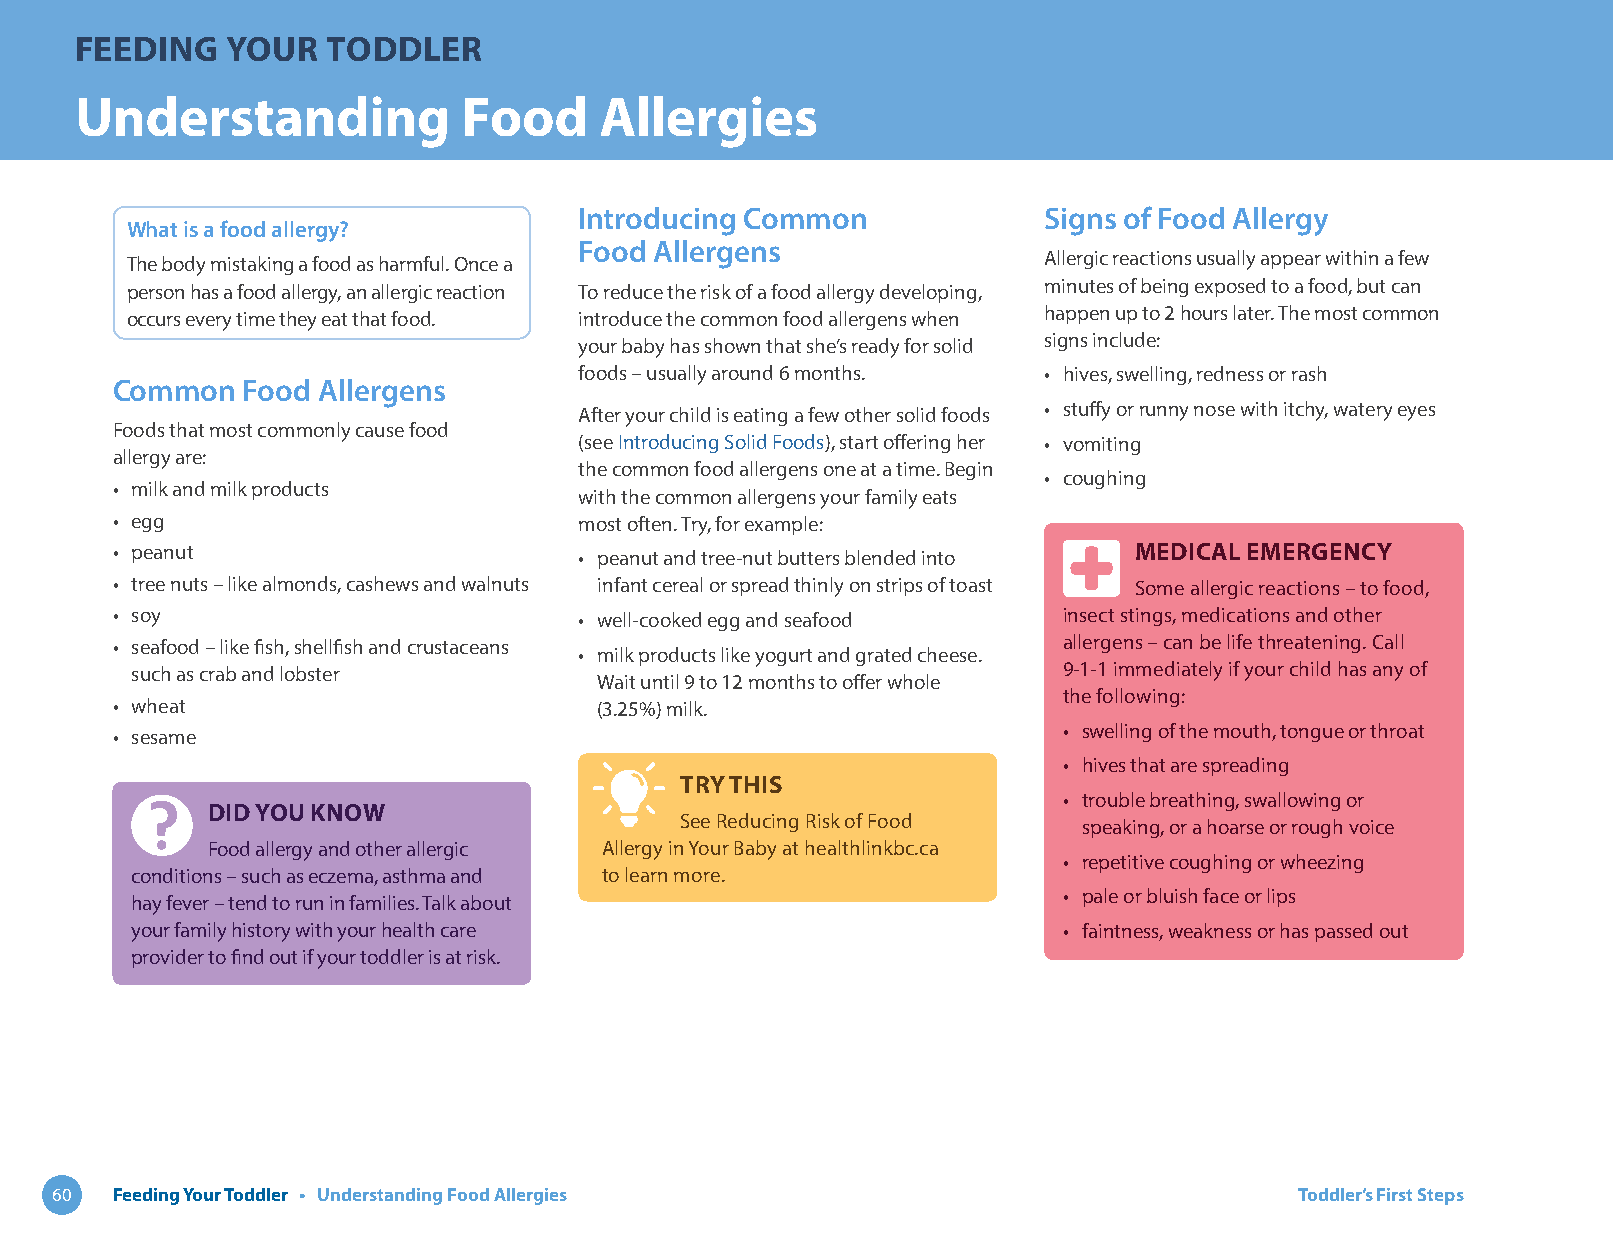
FEEDING   YOUR   TODDLER
 Understanding             Food     Allergies
 Introducing Common             Signs of Food Allergy
 What is a food allergy?
 Food Allergens
 The body mistaking a food as harmful. Once a                 Allergic reactions usually appear within a few
 person has a food allergy, an allergic reaction To reduce the risk of a food allergy developing, minutes of being exposed to a food, but can
 occurs every time they eat that food. introduce the common food allergens when happen up to 2 hours later. The most common
 your baby has shown that she’s ready for solid signs include:
 foods – usually around 6 months. • hives, swelling, redness or rash
 Common   Food Allergens
 After your child is eating a few other solid foods • stuffy or runny nose with itchy, watery eyes
 Foods that most commonly cause food
 (see Introducing Solid Foods), start offering her • vomiting
 allergy are:
 the common food allergens one at a time. Begin
 • coughing
 • milk and milk products
 with the common allergens your family eats
 • egg                          most often. Try, for example:
 • peanut                       • peanut and tree-nut butters blended into MEDICAL EMERGENCY
 • tree nuts – like almonds, cashews and walnuts infant cereal or spread thinly on strips of toast Some allergic reactions – to food,
 • soy                          • well-cooked egg and seafood   insect stings, medications and other
 • seafood – like fish, shellfish and crustaceans               allergens – can be life threatening. Call
 • milk products like yogurt and grated cheese.
 such as crab and lobster                                     9-1-1 immediately if your child has any of
 Wait until 9 to 12 months to offer whole
 the following:
 • wheat                          (3.25%) milk.
 • swelling of the mouth, tongue or throat
 • sesame
 • hives that are spreading
 TRY THIS
 • trouble breathing, swallowing or
 DID YOU KNOW
 See Reducing Risk of Food
 speaking, or a hoarse or rough voice
 Food allergy and other allergic Allergy in Your Baby at healthlinkbc.ca
 • repetitive coughing or wheezing
 conditions – such as eczema, asthma and to learn more.
 • pale or bluish face or lips
 hay fever – tend to run in families. Talk about
 your family history with your health care                    • faintness, weakness or has passed out
 provider to find out if your toddler is at risk.
 60  Feeding Your Toddler • Understanding Food Allergies                            Toddler’s First Steps